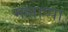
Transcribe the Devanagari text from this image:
मल्लाप्पा